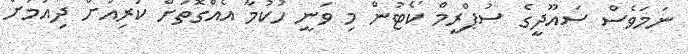
ނަމަވެސް ސައޫދީގެ ސުޕްރީމް ކޯޓުން މި ވަނީ ހުކުމާ އެއްގޮތަށް ކުރިއަށް ދިއުމަށް